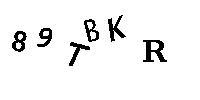
89TBKR